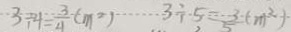
3 \div 4 = \frac { 3 } { 4 } ( m ^ { 2 } ) 3 \div 5 = \frac { 3 } { 5 } ( m ^ { 2 } )